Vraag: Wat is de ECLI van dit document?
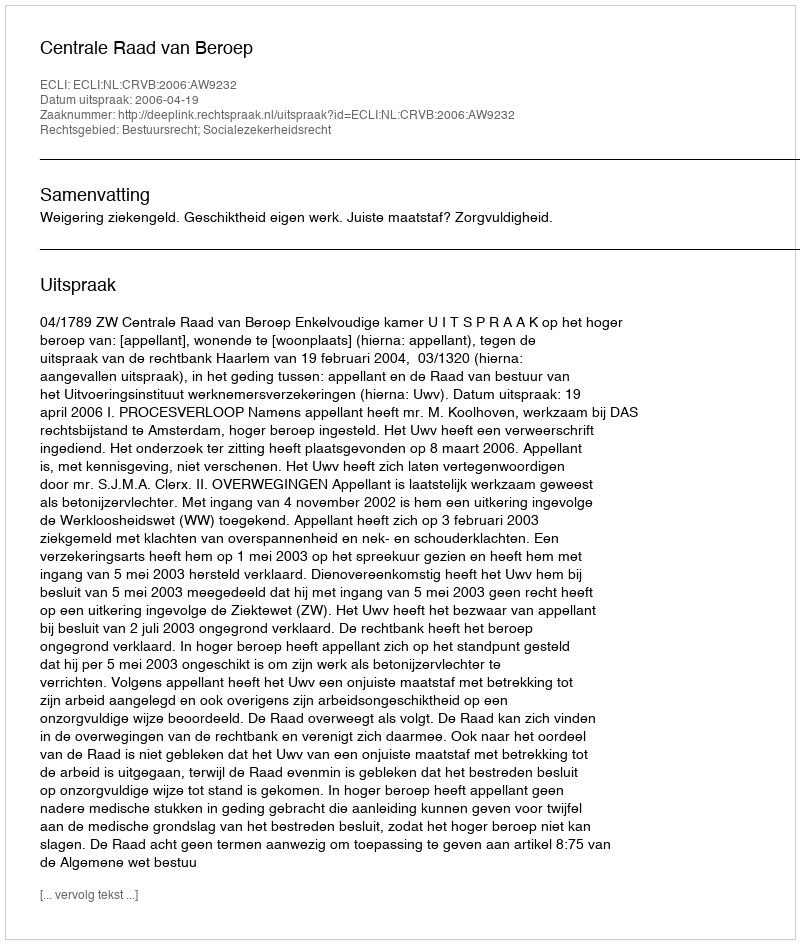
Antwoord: ECLI:NL:CRVB:2006:AW9232